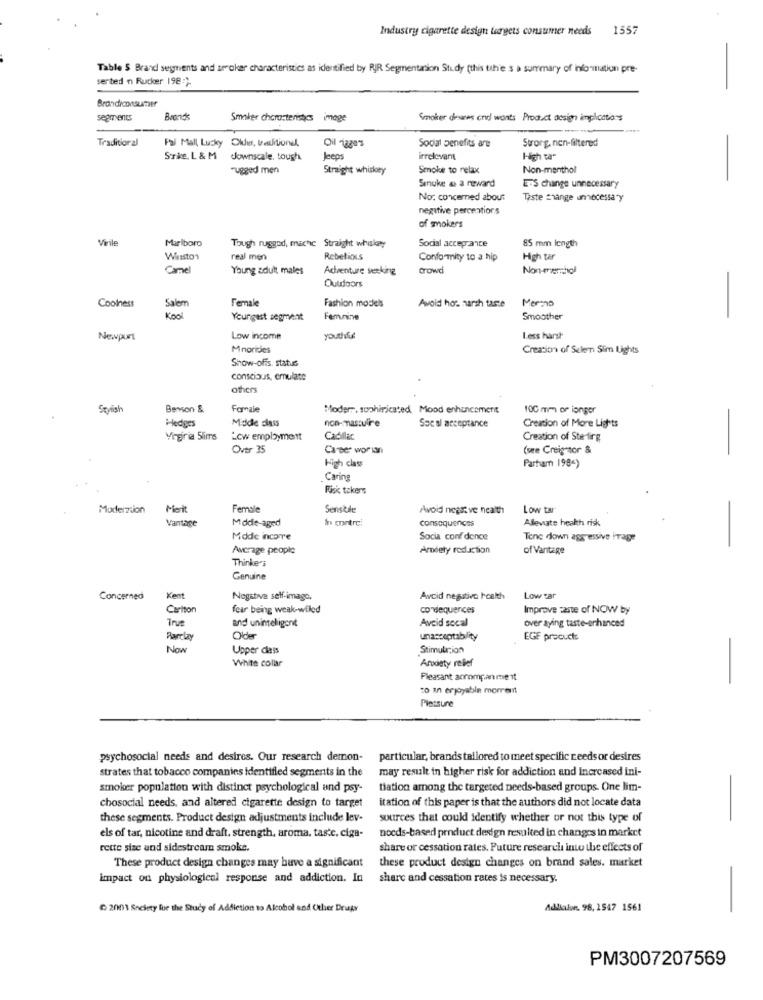
Industry cigarette design targets consumer needs
1557
Table $ Brand segnients and smoker characteristics as identified by RIR Segmentation Study (this tah'e s a summary of information pre-
serted n Rucker 198 :).
Brandiconsumer
segments
Brands
Smaker characteristics image
Smoker desanes cnd wants Product design implications
Traditional
Fai Mall, Lucky Older, Valitions,
Strong, nen-filtered
Oil 1889%
Social benefits are
Sorie. L & M
downscale, tough
Jeeps
irrelevant
High ta"
rugged men
Straight whiskey
Smoke to relax
Non-menthol
Smuke & a reward
ETS change unnecessary
No: concerned about
Taste change unnecessary
negative percentions
of smokers
Virile
Marlboro
Social acceprance
Tough ruggod, mache Straight whiskey
85 mm length
Winston
real men
Rebellious
Conformity to a hip
High tar
Young adult males
Adventure seeking
Crowd
Outdoors
-
Coolness
Female
Fashion models
Avoid hos harsh taste
Mermo
Salem
Kool
Youngest segment
Femmine
Smoother
-
Newport
Low income
youthfue
Less harsh
Creation of Sellern Slim Lights
Show-offs. status
conscious, emulate
others
Stylish
Benson &
Famzie
Moder, sophinicated Mood enhancement
100 mm or ionger
Hedges
Mode class
non-masculine
Socal acceptance
Creation of More Lights
Virginia Slims
Low employment
Cadilac
Creation of Sterling
Over 35
Career worin
(see Creigntor &
-
High class
Parham 1984)
Caring
Fisk takers
Modernion
Merit
Female
Senstile
Avoid negst ve health
Low tar
Vantage
Middle-aged
In contre!
consequences
Alleviate health risk
Made incorre
Socia conf dence
Tone down aggressive iTage
Ancrage people
Ardety reduction
of Vantage
Thinke's
Genuine
Concerned
Kent
Negative self-imago.
Avcid negativo health
Low sar
Carlton
fear being weak-willed
consequences
Improve taste of NOW by
True
and unintelligent
Avcid socal
over aying taste-enhanced
Barclay
Older
unacceptability
EGE procuct:
Now
Upper class
Stimulation
-
White collar
Arodety rellef
Pleasant anrompan me it
to an enjoyable morremt
Plessure
psychosocial needs and desires. Our research demon-
particular, brands tailored to meet specific needs or desires
strates that tobacco companies identified segments in the
may result in higher risk for addiction and Increased ini-
smoker population with distinct psychological and psy-
tiation among the targeted needs-based groups. One lim-
-
itation of this paper is that the authors did not locate data
chosocial needs, and altered cigarette design to target
these segments. Product design adjustments include lev-
sources that could identify whether or not this type of
-
nocds-based product design resulted in changes in market
els of tar, nicotine and draft, strength, aroma, taste, ciga-
rette size and sidestream smoke.
share or cessation rates. Future research into the effects of
these product design changes on brand sales. market
These product design changes may buve a significant
impact on physiological response and addiction. In
share and cessation rates is necessary.
-
C 2001 Seclety fue the Study of Addiction to Alcohol and Other Drugs
Adlialon. 98, 1547 1561
PM3007207569